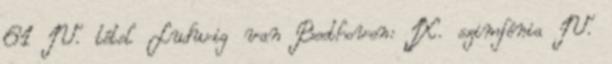
61 IV. tétel Ludwig van Beethoven: IX. szimfónia IV.